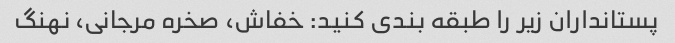
پستانداران زیر را طبقه بندی کنید: خفاش، صخره مرجانی، نهنگ